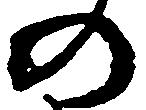
の